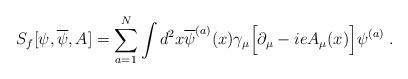
LaTeX: \begin{align*}S_f[ \psi, \overline{\psi},A] = \sum_{a=1}^N \int d^2x\overline{\psi}^{(a)}(x) \gamma_\mu \Big[ \partial_\mu - ie A_\mu(x) \Big]\psi^{(a)} \; .\end{align*}